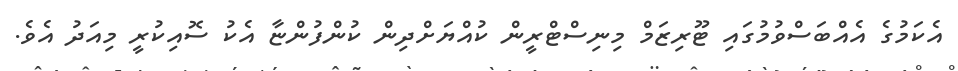
އެކަމުގެ އެއްބަސްވުމުގައި ޓޫރިޒަމް މިނިސްޓްރީން ކުއްޔަށްދިން ކުންފުންޏާ އެކު ސޮއިކުރީ މިއަދު އެވެ.